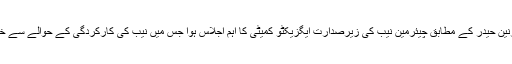
نمائندہ اے آر وائی ذوالقرنین حیدر کے مطابق چیئرمین نیب کی زیرصدارت ایگزیکٹو کمیٹی کا اہم اجلاس ہوا جس میں نیب کی کارکردگی کے حوالے سے خصوصی گفتگو کی گئی۔